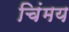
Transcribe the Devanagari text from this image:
चिंमय